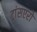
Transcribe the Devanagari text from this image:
ट्रांसएरो